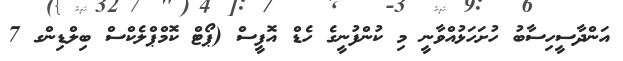
އަންދާސީހިސާބު ހުށަހަޅުއްވާނީ މި ކުންފުނީގެ ހެޑް އޮފީސް (ޕޯޓް ކޮމްޕްލެކްސް ބިލްޑިންގ 7